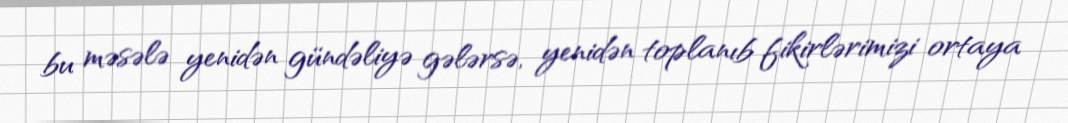
bu məsələ yenidən gündəliyə gələrsə, yenidən toplanıb fikirlərimizi ortaya